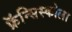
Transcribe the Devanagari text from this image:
फ्रॅन्सिस्कोला